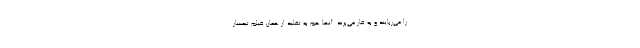
را می‌ربایند و به غار می‌برند. آنها هم به تقلید از همان فیلم تیمسار